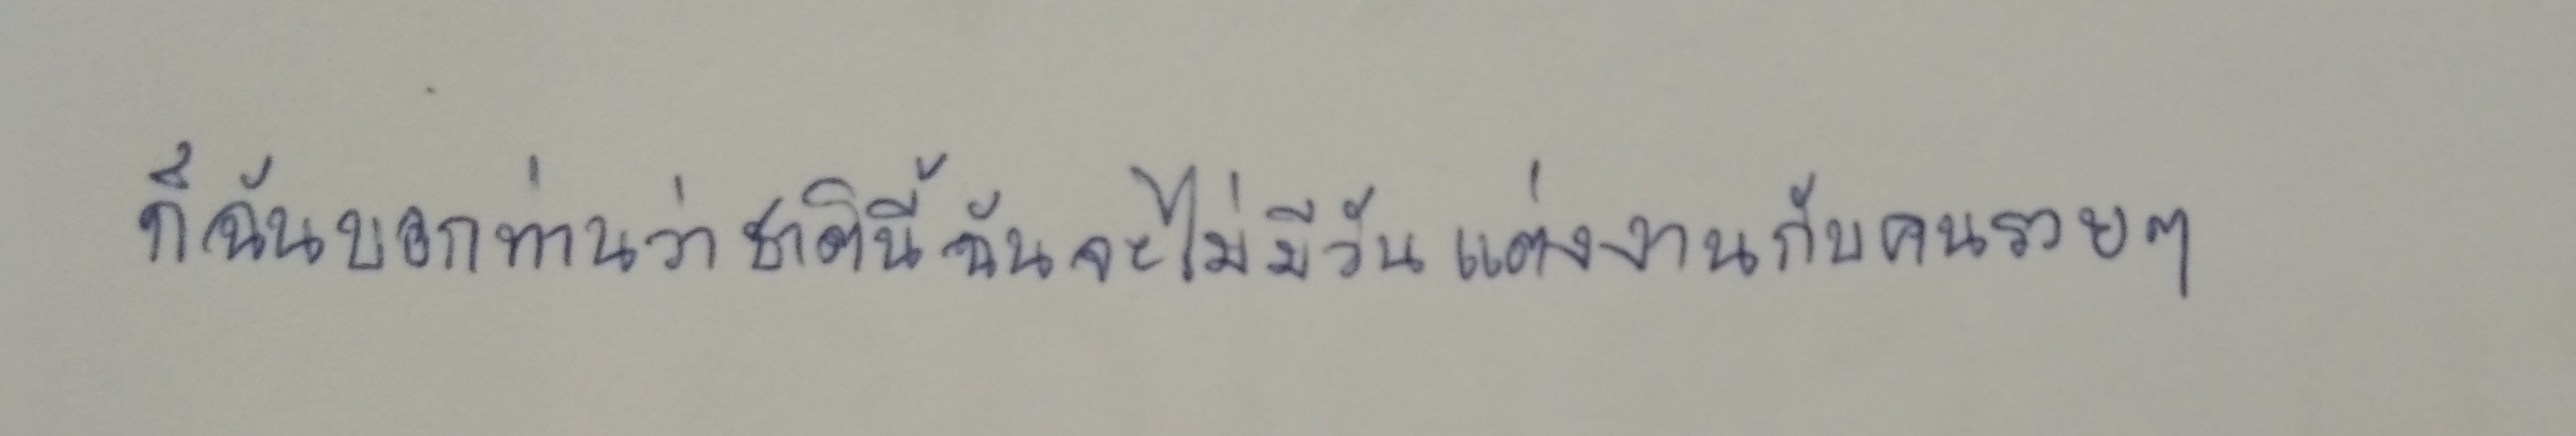
ก็ฉันบอกท่านว่าชาตินี้ฉันจะไม่มีวันแต่งงานกับคนรวยๆ